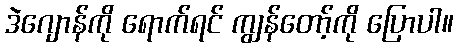
ဒဲဂျောန်ကို ရောက်ရင် ကျွန်တော့်ကို ပြောပါ။